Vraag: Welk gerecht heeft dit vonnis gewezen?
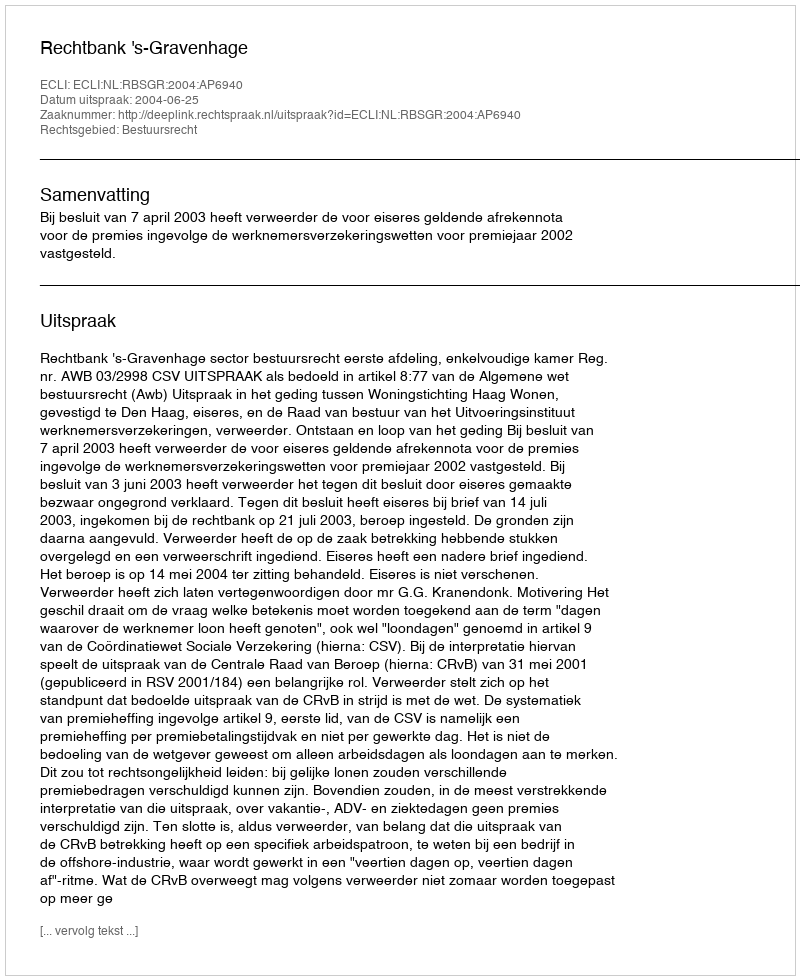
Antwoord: Rechtbank 's-Gravenhage